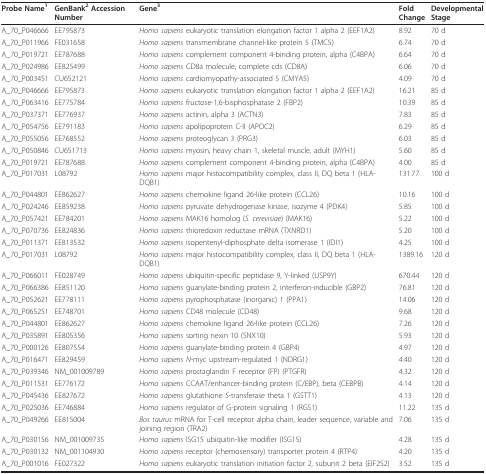
<table><thead><tr><td><b>Probe Name<sup>1</sup></b></td><td><b>GenBank<sup>2 </sup>Accession Number</b></td><td><b>Gene<sup>3</sup></b></td><td><b>FoldChange</b></td><td><b>DevelopmentalStage</b></td></tr></thead><tbody><tr><td>A_70_P046666</td><td>EE795873</td><td><i>Homo sapiens </i>eukaryotic translation elongation factor 1 alpha 2 (EEF1A2)</td><td>8.92</td><td>70 d</td></tr><tr><td>A_70_P011966</td><td>FE031658</td><td><i>Homo sapiens </i>transmembrane channel-like protein 5 (TMC5)</td><td>6.74</td><td>70 d</td></tr><tr><td>A_70_P019721</td><td>EE787688</td><td><i>Homo sapiens </i>complement component 4-binding protein, alpha (C4BPA)</td><td>6.64</td><td>70 d</td></tr><tr><td>A_70_P024986</td><td>EE825499</td><td><i>Homo sapiens </i>CD8a molecule, complete cds (CD8A)</td><td>6.06</td><td>70 d</td></tr><tr><td>A_70_P003451</td><td>CU652121</td><td><i>Homo sapiens </i>cardiomyopathy-associated 5 (CMYA5)</td><td>4.09</td><td>70 d</td></tr><tr><td>A_70_P046666</td><td>EE795873</td><td><i>Homo sapiens </i>eukaryotic translation elongation factor 1 alpha 2 (EEF1A2)</td><td>16.21</td><td>85 d</td></tr><tr><td>A_70_P063416</td><td>EE775784</td><td><i>Homo sapiens </i>fructose-1,6-bisphosphatase 2 (FBP2)</td><td>10.39</td><td>85 d</td></tr><tr><td>A_70_P037371</td><td>EE776937</td><td><i>Homo sapiens </i>actinin, alpha 3 (ACTN3)</td><td>7.83</td><td>85 d</td></tr><tr><td>A_70_P054756</td><td>EE791183</td><td><i>Homo sapiens </i>apolipoprotein C-II (APOC2)</td><td>6.29</td><td>85 d</td></tr><tr><td>A_70_P055056</td><td>EE768552</td><td><i>Homo sapiens </i>proteoglycan 3 (PRG3)</td><td>6.03</td><td>85 d</td></tr><tr><td>A_70_P050846</td><td>CU651713</td><td><i>Homo sapiens </i>myosin, heavy chain 1, skeletal muscle, adult (MYH1)</td><td>5.60</td><td>85 d</td></tr><tr><td>A_70_P019721</td><td>EE787688</td><td><i>Homo sapiens </i>complement component 4-binding protein, alpha (C4BPA)</td><td>4.00</td><td>85 d</td></tr><tr><td>A_70_P017031</td><td>L08792</td><td><i>Homo sapiens </i>major histocompatibility complex, class II, DQ beta 1 (HLA-DQB1)</td><td>131.77</td><td>100 d</td></tr><tr><td>A_70_P044801</td><td>EE862627</td><td><i>Homo sapiens </i>chemokine ligand 26-like protein (CCL26)</td><td>10.16</td><td>100 d</td></tr><tr><td>A_70_P024246</td><td>EE859238</td><td><i>Homo sapiens </i>pyruvate dehydrogenase kinase, isozyme 4 (PDK4)</td><td>5.85</td><td>100 d</td></tr><tr><td>A_70_P057421</td><td>EE784201</td><td><i>Homo sapiens </i>MAK16 homolog (<i>S. cerevisiae</i>) (MAK16)</td><td>5.22</td><td>100 d</td></tr><tr><td>A_70_P070736</td><td>EE824836</td><td><i>Homo sapiens </i>thioredoxin reductase mRNA (TXNRD1)</td><td>5.20</td><td>100 d</td></tr><tr><td>A_70_P011371</td><td>EE813532</td><td><i>Homo sapiens </i>isopentenyl-diphosphate delta isomerase 1 (IDI1)</td><td>4.25</td><td>100 d</td></tr><tr><td>A_70_P017031</td><td>L08792</td><td><i>Homo sapiens </i>major histocompatibility complex, class II, DQ beta 1 (HLA-DQB1)</td><td>1389.16</td><td>120 d</td></tr><tr><td>A_70_P066011</td><td>FE028749</td><td><i>Homo sapiens </i>ubiquitin-specific peptidase 9, Y-linked (USP9Y)</td><td>670.44</td><td>120 d</td></tr><tr><td>A_70_P066386</td><td>EE851120</td><td><i>Homo sapiens </i>guanylate-binding protein 2, interferon-inducible (GBP2)</td><td>76.81</td><td>120 d</td></tr><tr><td>A_70_P052621</td><td>EE778111</td><td><i>Homo sapiens </i>pyrophosphatase (inorganic) 1 (PPA1)</td><td>14.06</td><td>120 d</td></tr><tr><td>A_70_P065251</td><td>EE748701</td><td><i>Homo sapiens </i>CD48 molecule (CD48)</td><td>9.68</td><td>120 d</td></tr><tr><td>A_70_P044801</td><td>EE862627</td><td><i>Homo sapiens </i>chemokine ligand 26-like protein (CCL26)</td><td>7.26</td><td>120 d</td></tr><tr><td>A_70_P035891</td><td>EE805356</td><td><i>Homo sapiens </i>sorting nexin 10 (SNX10)</td><td>5.93</td><td>120 d</td></tr><tr><td>A_70_P000126</td><td>EE807554</td><td><i>Homo sapiens </i>guanylate-binding protein 4 (GBP4)</td><td>4.97</td><td>120 d</td></tr><tr><td>A_70_P016471</td><td>EE829459</td><td><i>Homo sapiens N</i>-myc upstream-regulated 1 (NDRG1)</td><td>4.40</td><td>120 d</td></tr><tr><td>A_70_P039346</td><td>NM_001009789</td><td><i>Homo sapiens </i>prostaglandin F receptor (FP) (PTGFR)</td><td>4.32</td><td>120 d</td></tr><tr><td>A_70_P011531</td><td>EE776172</td><td><i>Homo sapiens </i>CCAAT/enhancer-binding protein (C/EBP), beta (CEBPB)</td><td>4.14</td><td>120 d</td></tr><tr><td>A_70_P045436</td><td>EE827672</td><td><i>Homo sapiens </i>glutathione <i>S</i>-transferase theta 1 (GSTT1)</td><td>4.13</td><td>120 d</td></tr><tr><td>A_70_P025036</td><td>EE746884</td><td><i>Homo sapiens </i>regulator of G-protein signaling 1 (RGS1)</td><td>11.22</td><td>135 d</td></tr><tr><td>A_70_P049266</td><td>EE815004</td><td><i>Bos taurus </i>mRNA for T-cell receptor alpha chain, leader sequence, variable and joining region (TRA2)</td><td>7.06</td><td>135 d</td></tr><tr><td>A_70_P030156</td><td>NM_001009735</td><td><i>Homo sapiens </i>ISG15 ubiquitin-like modifier (ISG15)</td><td>4.28</td><td>135 d</td></tr><tr><td>A_70_P030132</td><td>NM_001104930</td><td><i>Homo sapiens </i>receptor (chemosensory) transporter protein 4 (RTP4)</td><td>4.20</td><td>135 d</td></tr><tr><td>A_70_P001016</td><td>FE027322</td><td><i>Homo sapiens </i>eukaryotic translation initiation factor 2, subunit 2 beta (EIF2S2)</td><td>3.52</td><td>135 d</td></tr></tbody></table>